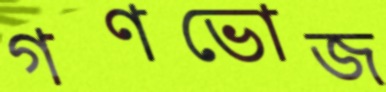
গণভোজ